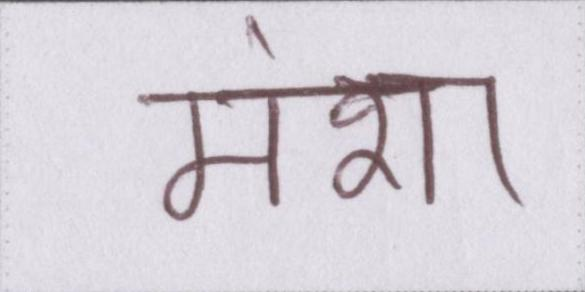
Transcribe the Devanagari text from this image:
मंशा